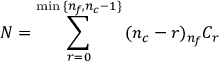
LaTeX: { \cal N } = \sum _ { r = 0 } ^ { \mathrm { m i n } \, \{ n _ { f } , n _ { c } - 1 \} } \, ( n _ { c } - r ) { } _ { n _ { f } } C _ { r }